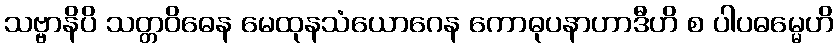
သဗ္ဗာနိပိ သတ္တဝိဓေန မေထုနသံယောဂေန ကောဓုပနာဟာဒီဟိ စ ပါပဓမ္မေဟိ